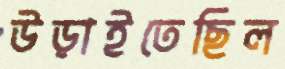
উড়াইতেছিল